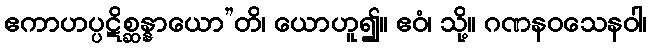
ဧကာဟပ္ပဋိစ္ဆန္နာယော”တိ၊ ယောဟူ၍။ ဧဝံ၊ သို့။ ဂဏနဝသေနဝါ၊